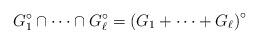
LaTeX: \begin{align*}G_1^\circ \cap \dots \cap G_{\ell}^\circ= \left(G_1 + \dots + G_{\ell}\right)^{\circ}\end{align*}